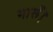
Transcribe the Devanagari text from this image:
मारूँ।